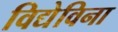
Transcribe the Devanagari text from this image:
विद्येविना